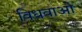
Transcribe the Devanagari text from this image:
विधवाओ